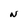
Character: N